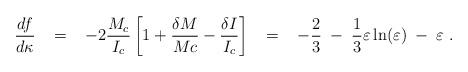
LaTeX: \begin{align*}\frac{d f}{d \kappa } \; \; \; = \; \; \; -2 \frac{M_c}{I_c}\left[ 1 + \frac{\delta M}{Mc} - \frac{\delta I}{I_c} \right]\; \; \; = \; \; \;-\frac{2}{3} \; - \; \frac{1}{3} \varepsilon \ln(\varepsilon)\; - \; \varepsilon \; .\end{align*}